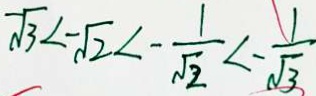
- \sqrt { 3 } < - \sqrt { 2 } < - \frac { 1 } { \sqrt { 2 } } < - \frac { 1 } { \sqrt { 3 } }